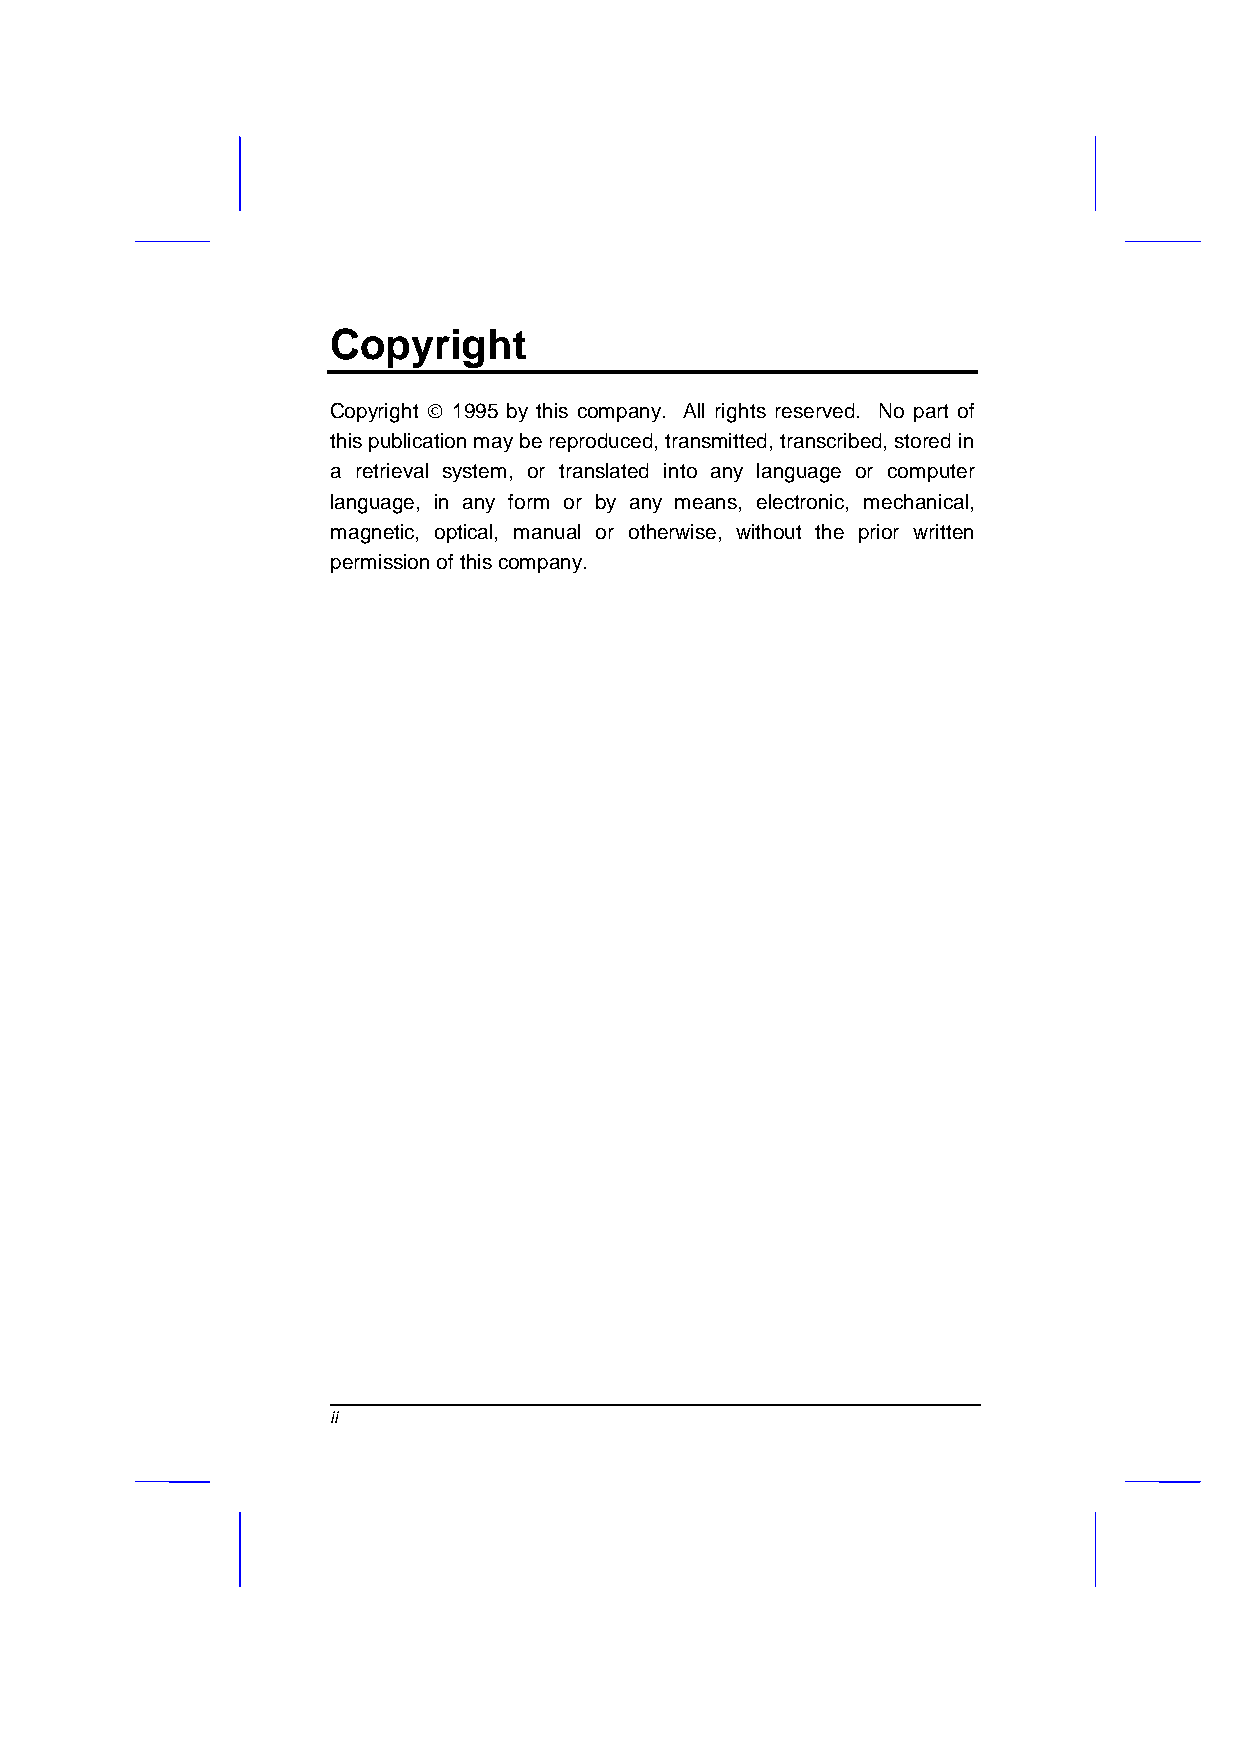
Copyright
 Copyright  1995 by this company. All rights reserved. No part of
 this publication may be reproduced, transmitted, transcribed, stored in
 a retrieval system, or translated into any language or computer
 language, in any form or by any means, electronic, mechanical,
 magnetic, optical, manual or otherwise, without the prior written
 permission of this company.
 ii